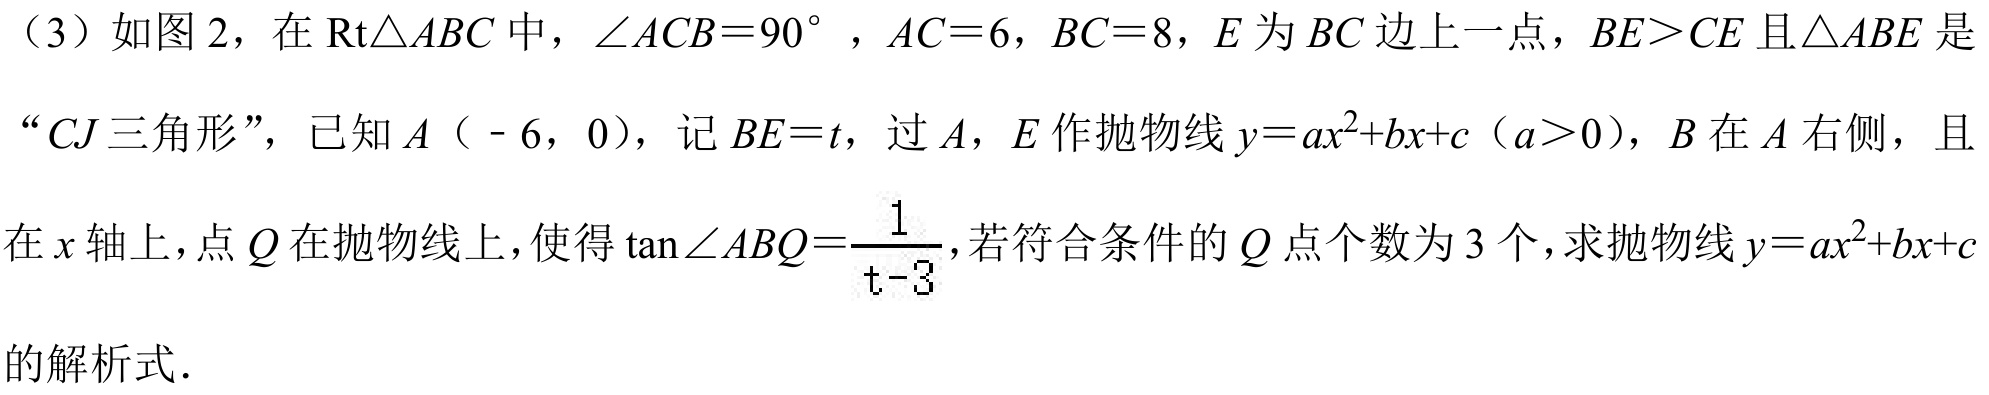
（3）如图 2，在 \(\text{Rt}\triangle ABC\) 中，\(\angle ACB = 90^{\circ}\)，\(AC = 6\)，\(BC = 8\)，\(E\) 为 \(BC\) 边上一点，\(BE>CE\) 且 \(\triangle ABE\) 是 “\(CJ\)三角形”，已知 \(A（ - 6,0）\)，记 \(BE = t\)，过 \(A\)，\(E\) 作抛物线 \(y = ax^{2}+bx + c（a>0）\)，\(B\) 在 \(A\) 右侧，且在 \(x\) 轴上，点 \(Q\) 在抛物线上，使得 \(\tan\angle ABQ=\dfrac{1}{t - 3}\)，若符合条件的 \(Q\) 点个数为 \(3\) 个，求抛物线 \(y = ax^{2}+bx + c\)的解析式．